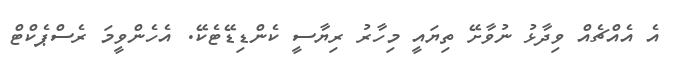
އެ އެއްޗެއް ވިދާޅު ނުވާށޭ ތިޔައީ މިހާރު ރިޔާސީ ކެންޑިޑޭޓެކޭ. އެހެންވީމަ ރެސްޕެކްޓް